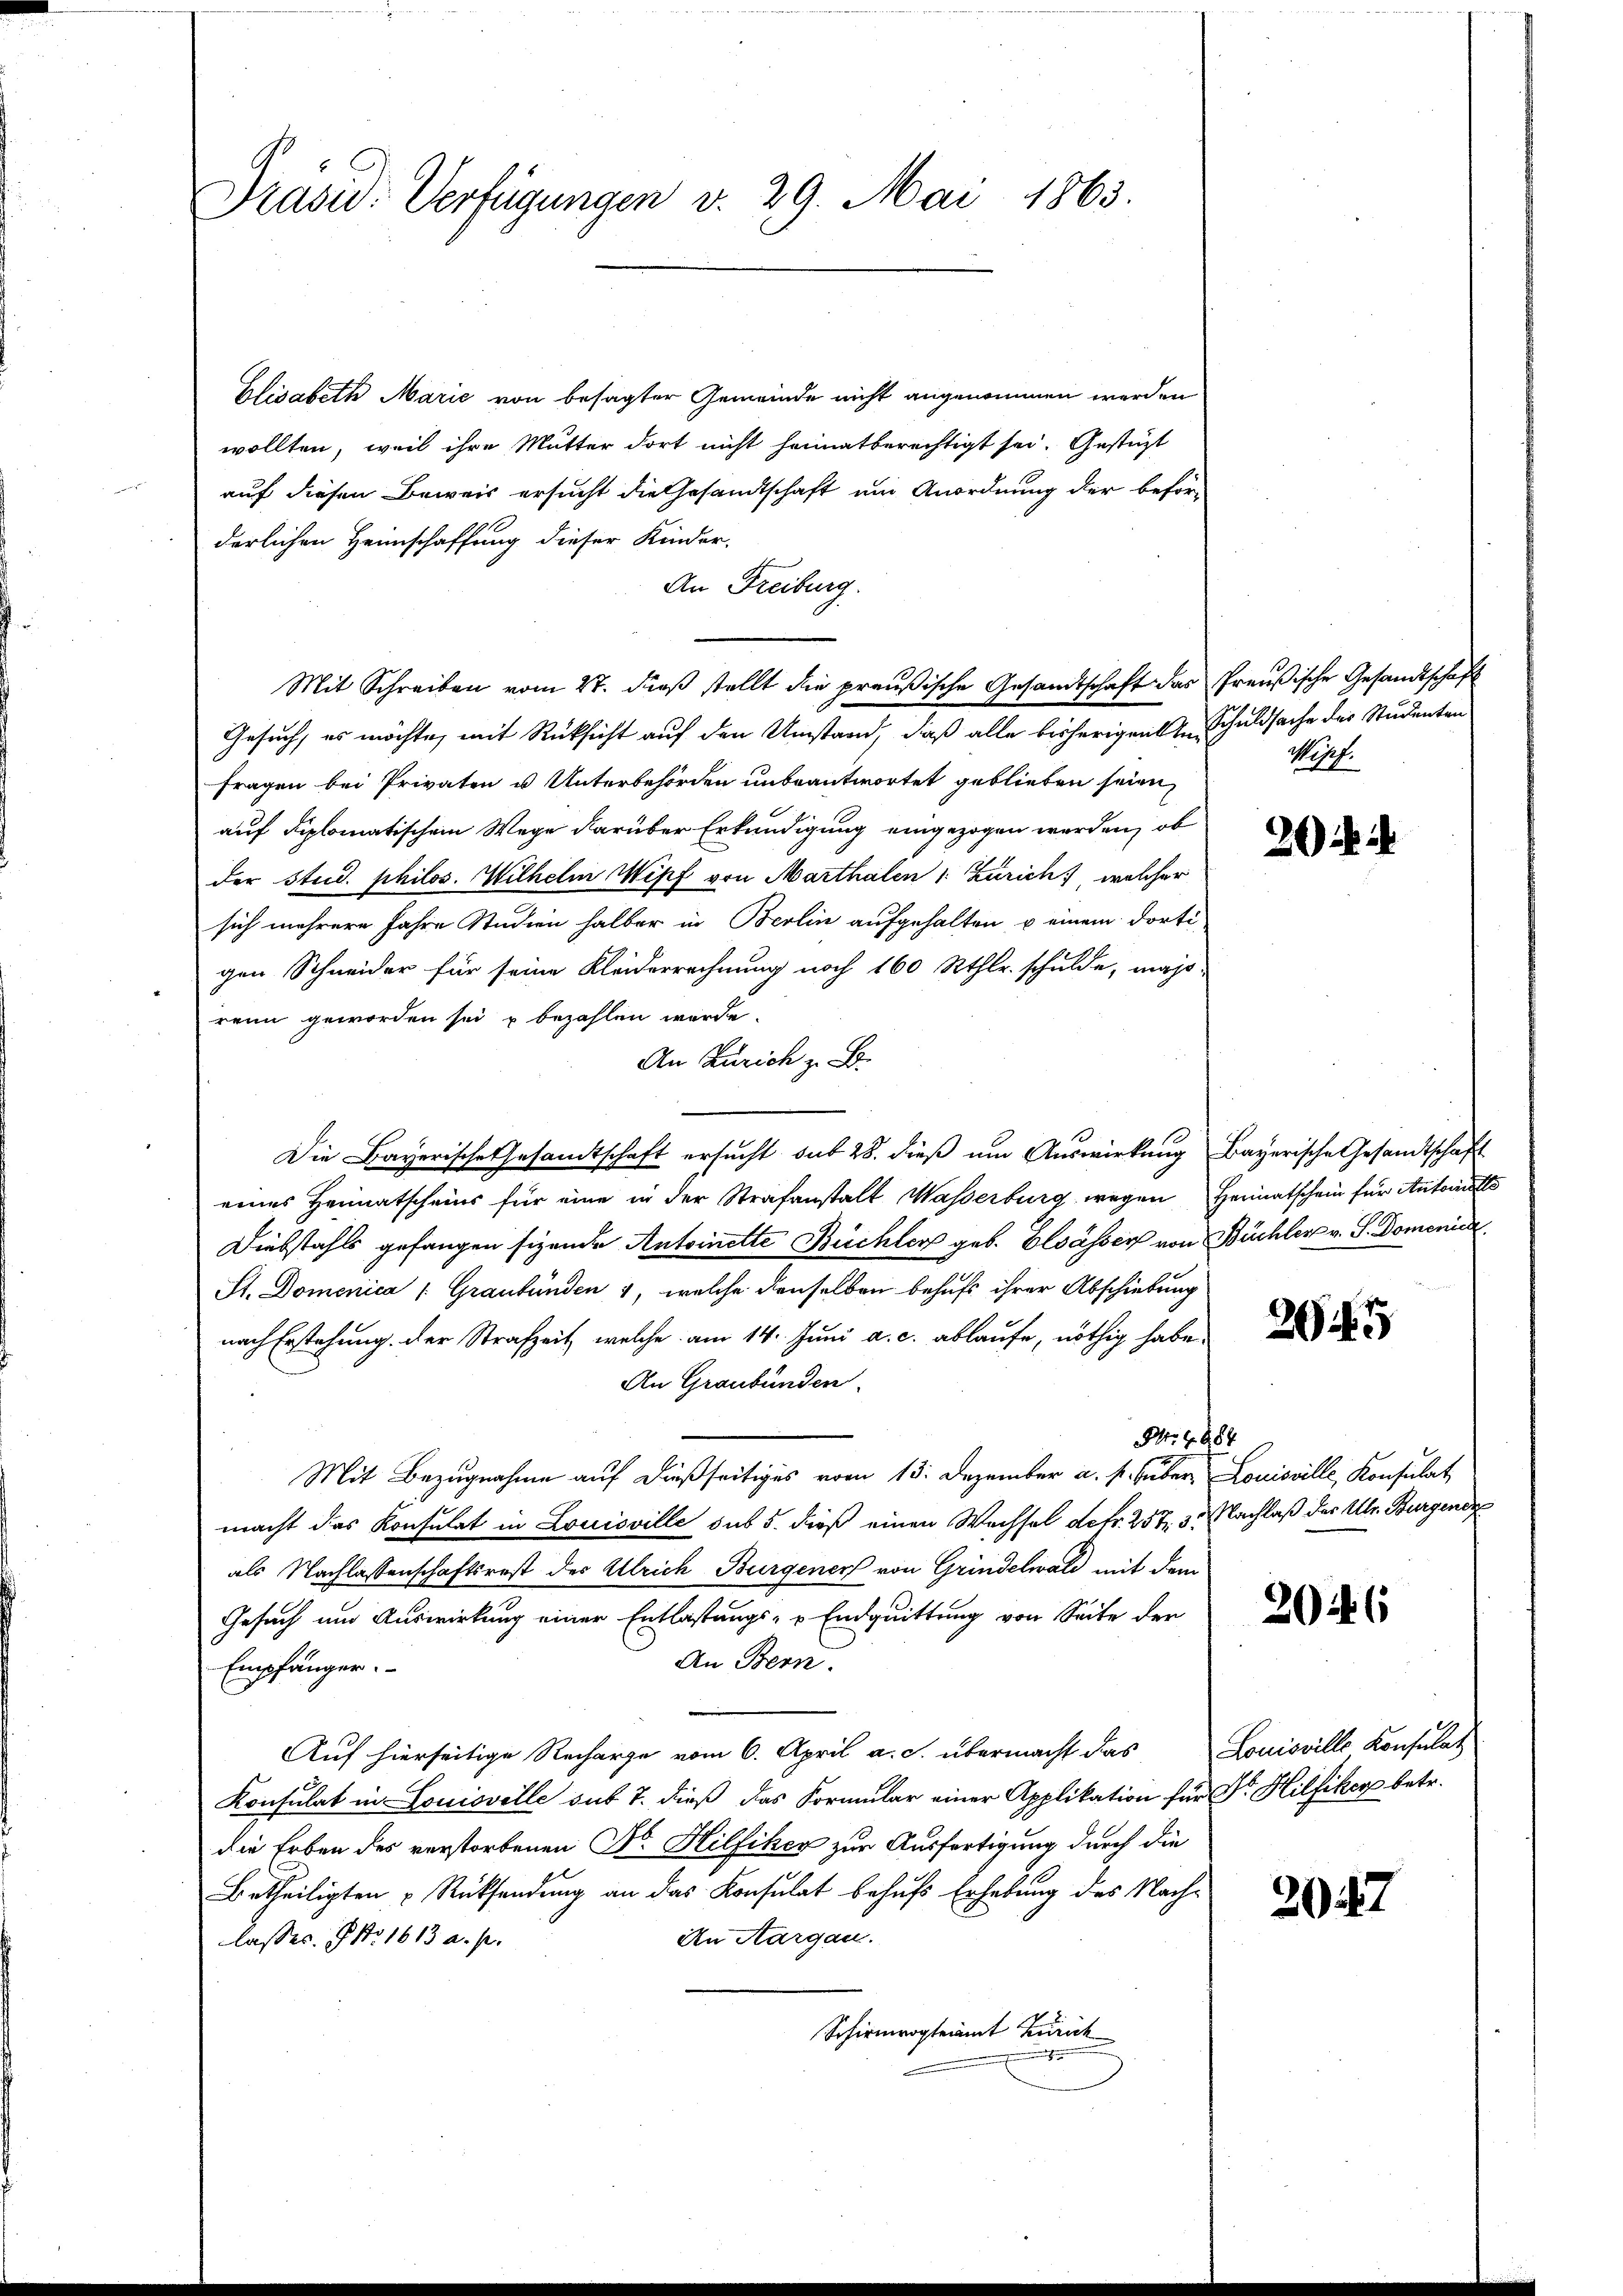
Präsid. Verfügungen v. 29. Mai 1863.

Elisabeth Marie von besagter Gemeinde nicht angenommen werden
wollten, weil ihre Mutter dort nicht heimatberechtigt sei. Gestüzt
auf diesen Beweis ersucht die Gesandtschaft um Anordnung der beförderlichen Heimschaffung dieser Kinder-
An Freiburg.
Gesuch, es möchte, mit Rücksicht auf den Umstand, daß alle bisherigen Schuldsache des Studenten
fragen bei Privaten u Unterbehörden unbeantwortet geblieben seien,
auf diplomatischem Wege darüber Erkundigung eingezogen werden, ob
der Stud. philos. Wilhelm Wipf von Marthalen 1: Zürich) welcher
sich mehrere Jahre Studien halber in Berlin aufgehalten u einem dorti-
gen Schneider für seine Kleiderrechnung noch 160 Rthlr. schulde, maß-
renn geworden sei u bezahlen würde.
An Zürich z. B.
Die Bayerische Gesandtschaft ersucht sub 28. dieß um Auswirkung Bayerische Gesandtschaft
eines Heimatscheins für eine in der Strafanstalt Wasserburg wegen Heimatschein für Autorit
Diebstahls gefangen sizende Antoinette Büchler geb. Elsässer von Büchler v. S. Domenica
St. Domenica /: Graubünden 1, welche denselben behufs ihrer Abschiebung
nach Erstehung der Strafzeit, welche am 14. Juni a. c. ablaufe, nöthig habe,
An Graubünden
Nr. 1884
Mit Bezugnahme auf dießseitiges vom 13. Dezember a. p. über Louisville, Konsulat
macht das Konsulat in Louisville sus 5. dieß einen Wechsel detr. 257, 3. Nachlaß der Ulr. Burgende
als Nachlassenschaftsrest des Ulrich Burgener von Grindelwald mit dem
Gesuch um Auswirkung einer Entlassungs- u Endquittung von Seite der
An Bern.
Empfänger.
Auf hierseitige Recharge vom 6. April a. S. übermacht das Louisville Konsulat
Konsulat in Louisville sub 7. dieß das Formular einer Applikation für Dr. Hilfiker betr.
die Erben des verstorbenen Dr. Hilfiker zur Ausfertigung durch die
Betheiligten Rücksendung an das Konsulat behufs Erhebung des Nachin Aargau.
lasses. No. 1613 a. p.
Schirmvogteiamt Zürich
e

Mit Schreiben vom 27. dieß stellt die preußische Gesandtschaft das Preußische Gesandtschaft

Wosef.

20

20

2046

2047